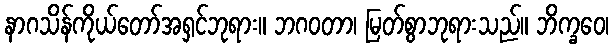
နာဂသိန်ကိုယ်တော်အရှင်ဘုရား။ ဘဂဝတာ၊ မြတ်စွာဘုရားသည်။ ဘိက္ခဝေ၊